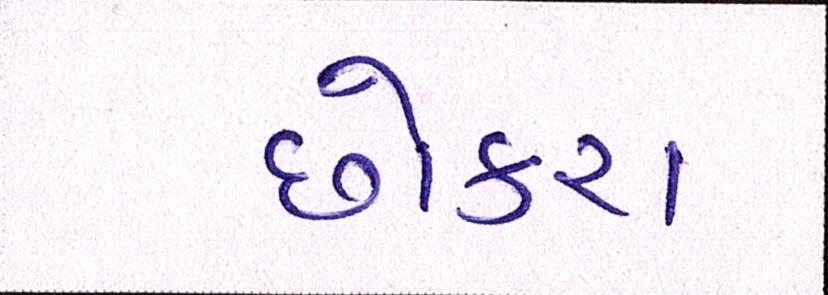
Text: છોકરા